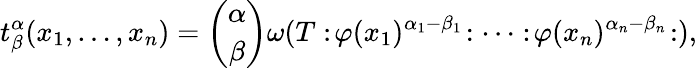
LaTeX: t_{\beta}^{\alpha}(x_{1},\ldots,x_{n})={\binom{\alpha}{\beta}}\omega(T:\! \varphi(x_{1})^{\alpha_{1}-\beta_{1}}\! :\cdots:\! \varphi(x_{n})^{\alpha_{n}-\beta_{n}}\! :),